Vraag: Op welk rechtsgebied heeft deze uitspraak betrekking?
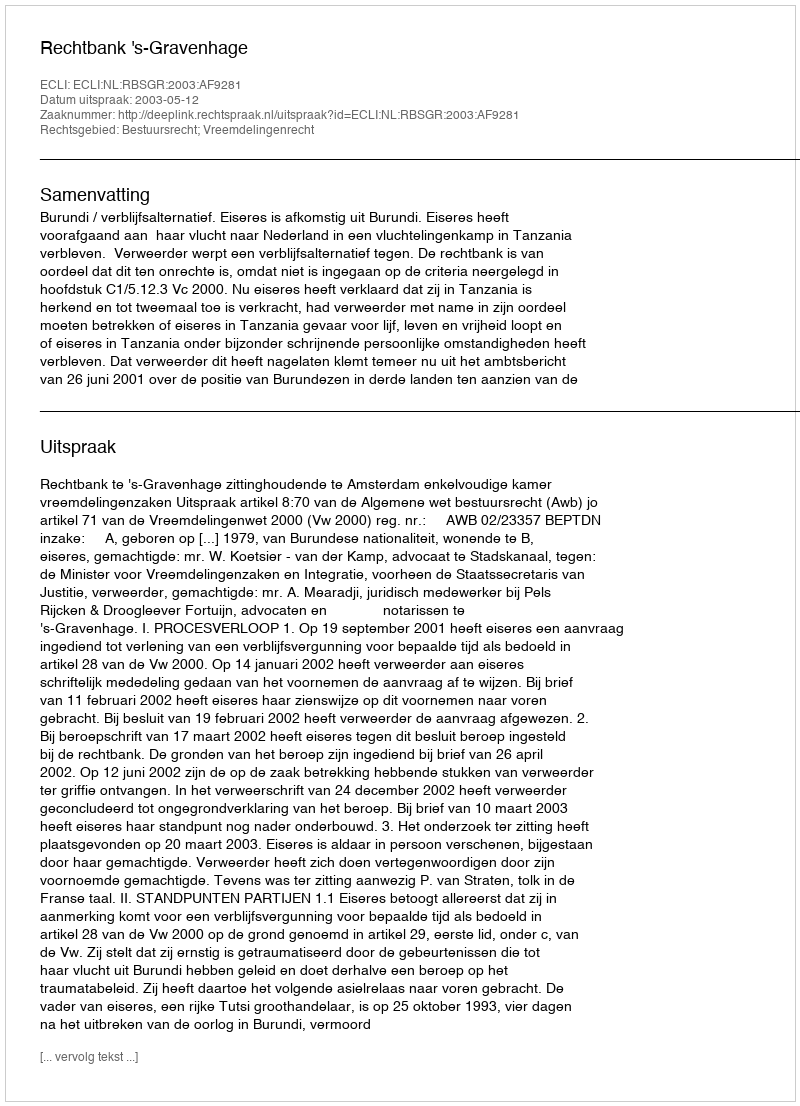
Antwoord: Bestuursrecht; Vreemdelingenrecht